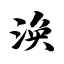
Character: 涣